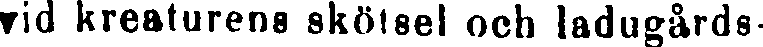
vid kreaturens skötsel och ladugårds-